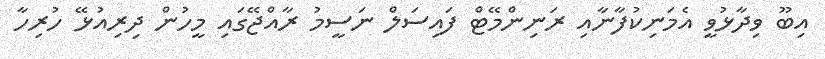
އިބޫ ވިދާޅުވީ އެމަނިކުފާނާއި ރަނިންމޭޓް ފައިސަލް ނަސީމު ރާއްޖޭގައި މީހުން ދިރިއުޅޭ ހުރިހާ